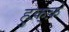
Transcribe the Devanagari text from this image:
हुक़्क़े